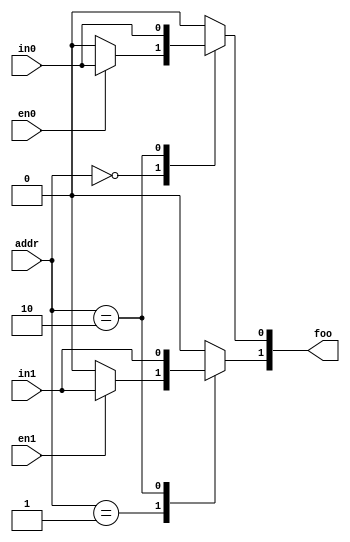


module test
  (output reg [1:0] foo,
   input wire [1:0] addr,
   input wire	    in0, in1,
   input wire	    en0, en1
   /* */);

   localparam foo_default = 2'b00;
   always @*
     begin
	foo = foo_default;
	case (addr)
	  0: if (en0) foo[0] = in0;
	  1: if (en1) foo[1] = in1;
	  2: foo = {in1, in0};
	  default: foo = 0;
	endcase
     end

endmodule // test

module main;

   wire [1:0] foo;
   reg [1:0]  addr;
   reg	      in0, in1;
   reg	      en0, en1;

   test dut(.foo(foo), .addr(addr), .in0(in0), .in1(in1), .en0(en0), .en1(en1));

   initial begin
      in0 = 1;
      in1 = 1;
      en0 = 1;
      en1 = 1;

      addr = 3;
      #1 if (foo !== 2'b00) begin
	 $display("FAILED -- foo=%b, in=%b%b, en=%b%b, addr=%b",
		  foo, in1, in0, en1, en0, addr);
	 $finish;
      end

      addr = 0;
      #1 if (foo !== 2'b01) begin
	 $display("FAILED -- foo=%b, in=%b%b, addr=%b", foo, in1, in0, addr);
	 $finish;
      end

      addr = 1;
      #1 if (foo !== 2'b10) begin
	 $display("FAILED -- foo=%b, in=%b%b, addr=%b", foo, in1, in0, addr);
	 $finish;
      end

      addr = 2;
      #1 if (foo !== 2'b11) begin
	 $display("FAILED -- foo=%b, in=%b%b, addr=%b", foo, in1, in0, addr);
	 $finish;
      end

      en0 = 0;
      en1 = 0;

      addr = 3;
      #1 if (foo !== 2'b00) begin
	 $display("FAILED -- foo=%b, in=%b%b, en=%b%b, addr=%b",
		  foo, in1, in0, en1, en0, addr);
	 $finish;
      end

      addr = 0;
      #1 if (foo !== 2'b00) begin
	 $display("FAILED -- foo=%b, in=%b%b, en=%b%b, addr=%b",
		  foo, in1, in0, en1, en0, addr);
	 $finish;
      end

      addr = 1;
      #1 if (foo !== 2'b00) begin
	 $display("FAILED -- foo=%b, in=%b%b, addr=%b", foo, in1, in0, addr);
	 $finish;
      end

      addr = 2;
      #1 if (foo !== 2'b11) begin
	 $display("FAILED -- foo=%b, in=%b%b, en=%b%b, addr=%b",
		  foo, in1, in0, en1, en0, addr);
	 $finish;
      end

      $display("PASSED");
   end

endmodule // main